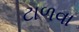
ટાળવા